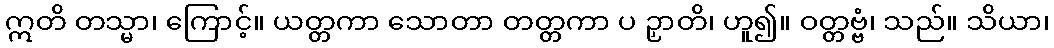
ဣတိ တသ္မာ၊ ကြောင့်။ ယတ္တကာ သောတာ တတ္တကာ ပ ဉှာတိ၊ ဟူ၍။ ဝတ္တဗ္ဗံ၊ သည်။ သိယာ၊